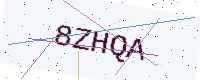
Text: 8ZHQA